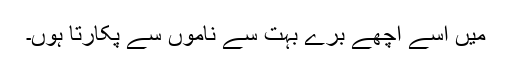
میں اسے اچھے برے بہت سے ناموں سے پکارتا ہوں۔